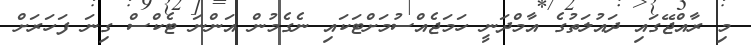
މި ރާއްޖޭގައި ދައުލަތުގެ އާމްދަނީ ހަމަޖެއްސުމަށްޓަކައި ނެގެމުން އަންނަ ޓެކްސް ގިނަ ފަހަރަށް